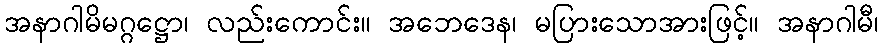
အနာဂါမိမဂ္ဂဋ္ဌော၊ လည်းကောင်း။ အဘေဒေန၊ မပြားသောအားဖြင့်။ အနာဂါမီ၊